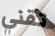
تقني